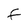
Character: f